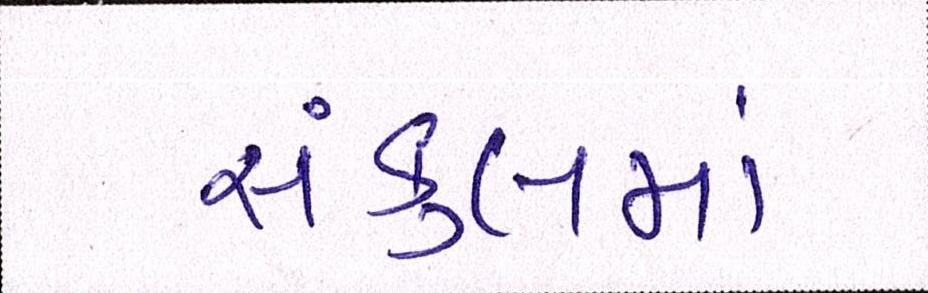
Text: સંકુલમાં